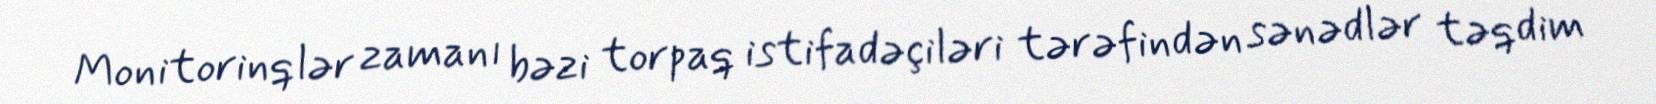
Monitorinqlər zamanı bəzi torpaq istifadəçiləri tərəfindən sənədlər təqdim